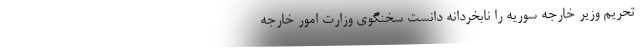
تحریم وزیر خارجه سوریه را نابخردانه دانست سخنگوی وزارت امور خارجه